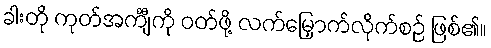
ခါးတို ကုတ်အင်္ကျီကို ဝတ်ဖို့ လက်မြှောက်လိုက်စဉ် ဖြစ်၏။